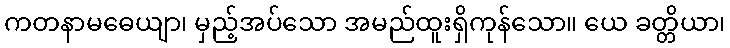
ကတနာမဓေယျာ၊ မှည့်အပ်သော အမည်ထူးရှိကုန်သော။ ယေ ခတ္တိယာ၊